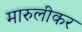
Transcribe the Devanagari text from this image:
मारुलीकर